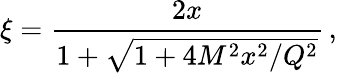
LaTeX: \xi=\frac{2x}{1+\sqrt{1+4M^{2}x^{2}/Q^{2}}}\, ,